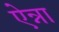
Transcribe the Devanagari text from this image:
ऐन्ना